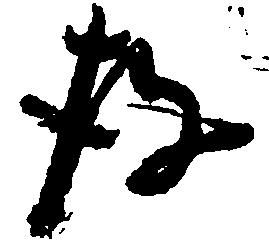
存